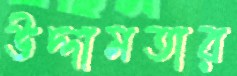
উদ্দামতার